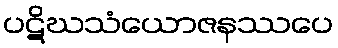
ပဋိဃသံယောဇနဿပေ